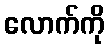
လောက်ကို